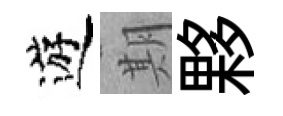
遊期夥